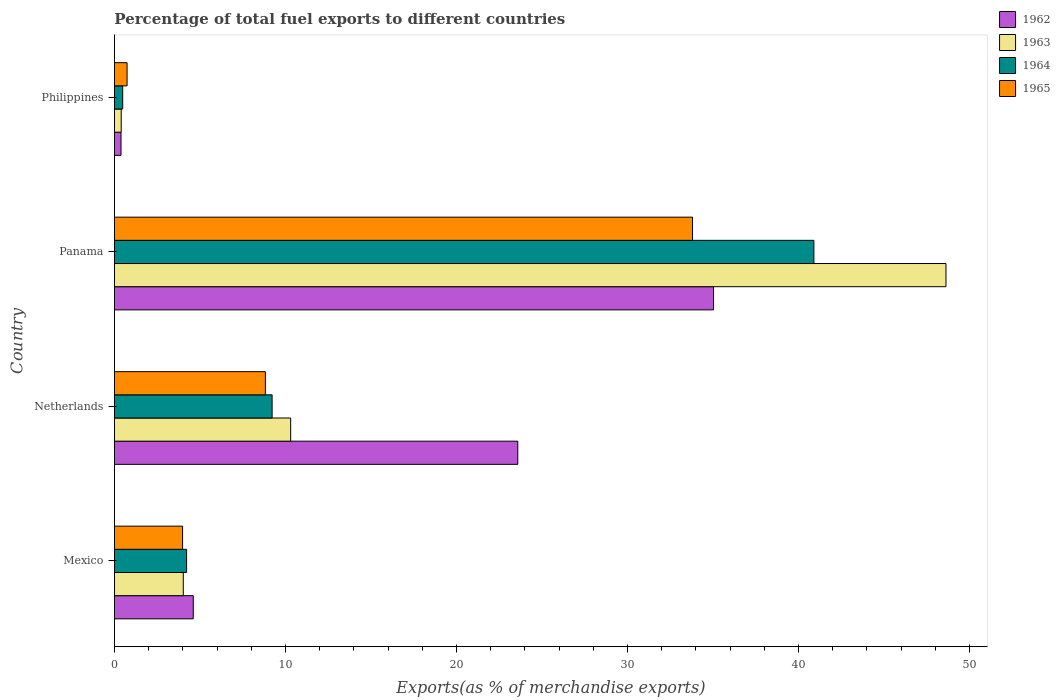
| Country | 1962 | 1963 | 1964 | 1965 |
 | --- | --- | --- | --- | --- |
 | Mexico | 4.61 | 4.03 | 4.22 | 3.99 |
 | Netherlands | 23.6 | 10.3 | 9.22 | 8.83 |
 | Panama | 35 | 48.6 | 40.9 | 33.8 |
 | Philippines | 0.385 | 0.396 | 0.483 | 0.74 |